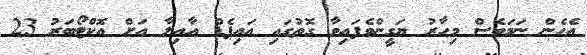
އެހެން ނަމަވެސް މިހާރު ޔަގީންވެފައިވާ ގޮތުގައި އައިޕެޑް އާއިލާ އަށް އޮކްޓޯބަރު 23